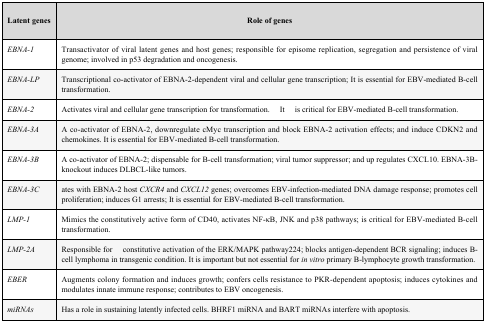
<table><thead><tr><td><b> Latent genes</b></td><td><b> Role of genes</b></td></tr></thead><tbody><tr><td><i>EBNA-1</i></td><td> Transactivator of viral latent genes and host genes; responsible for episome replication, segregation and persistence of viral genome; involved in p53 degradation and oncogenesis.</td></tr><tr><td><i>EBNA-LP</i></td><td> Transcriptional co-activator of EBNA-2-dependent viral and cellular gene transcription; It is essential for EBV-mediated B-cell transformation.</td></tr><tr><td><i>EBNA-2</i></td><td> Activates viral and cellular gene transcription for transformation.Itis critical for EBV-mediated B-cell transformation.</td></tr><tr><td><i>EBNA-3A</i></td><td> A co-activator of EBNA-2, downregulate cMyc transcription and block EBNA-2 activation effects; and induce CDKN2 and chemokines. It is essential for EBV-mediated B-cell transformation.</td></tr><tr><td><i>EBNA-3B</i></td><td> A co-activator of EBNA-2; dispensable for B-cell transformation; viral tumor suppressor; and up regulates CXCL10. EBNA-3B-knockout induces DLBCL-like tumors.</td></tr><tr><td><i>EBNA-3C</i></td><td> ates with EBNA-2 host <i> CXCR4</i> and <i>CXCL12</i> genes; overcomes EBV-infection-mediated DNA damage response; promotes cell proliferation; induces G1 arrests; It is essential for EBV-mediated B-cell transformation.</td></tr><tr><td><i>LMP-1</i></td><td> Mimics the constitutively active form of CD40, activates NF-κB, JNK and p38 pathways; is critical for EBV-mediated B-cell transformation.</td></tr><tr><td><i>LMP-2A</i></td><td> Responsible forconstitutive activation of the ERK/MAPK pathway224; blocks antigen-dependent BCR signaling; induces B-cell lymphoma in transgenic condition. It is important but not essential for <i>in vitro</i> primary B-lymphocyte growth transformation.</td></tr><tr><td><i>EBER</i></td><td> Augments colony formation and induces growth; confers cells resistance to PKR-dependent apoptosis; induces cytokines and modulates innate immune response; contributes to EBV oncogenesis. </td></tr><tr><td><i>miRNAs</i></td><td> Has a role in sustaining latently infected cells. BHRF1 miRNA and BART miRNAs interfere with apoptosis. </td></tr></tbody></table>